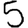
Digit: 5